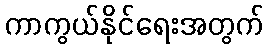
ကာကွယ်နိုင်ရေးအတွက်